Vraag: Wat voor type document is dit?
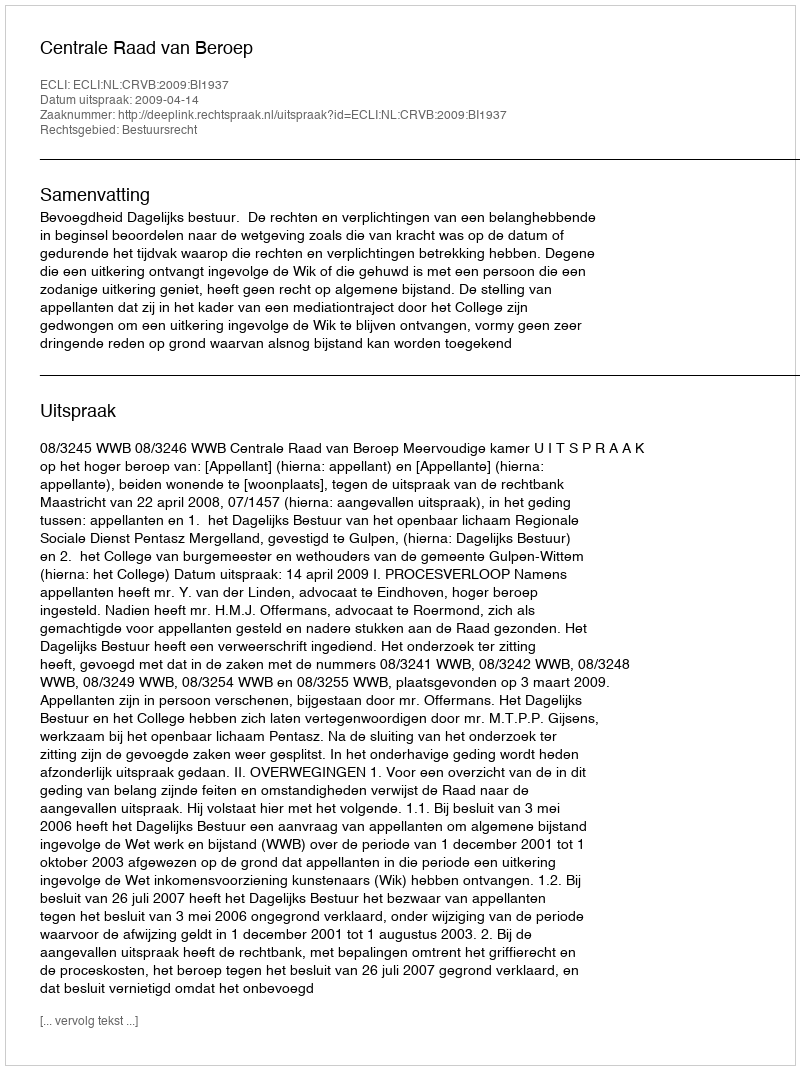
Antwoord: Uitspraak